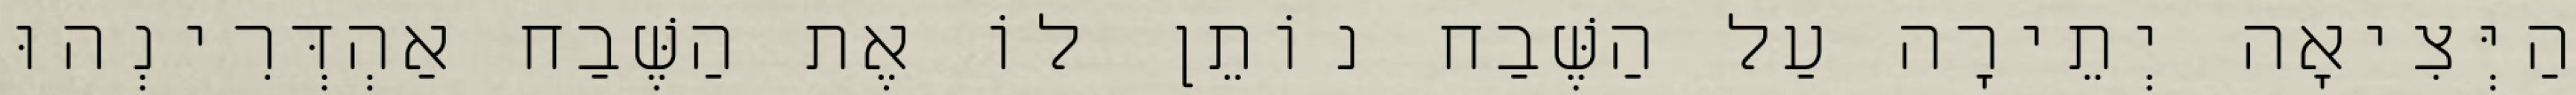
הַיְּצִיאָה יְתֵירָה עַל הַשֶּׁבַח נוֹתֵן לוֹ אֶת הַשֶּׁבַח אַהְדְּרִינְהוּ